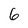
Character: 6